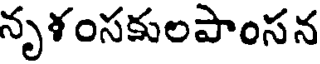
నృళంసకులపాంసన